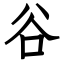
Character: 谷